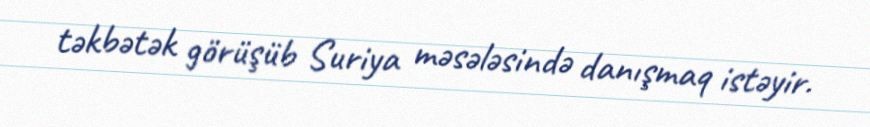
təkbətək görüşüb Suriya məsələsində danışmaq istəyir.